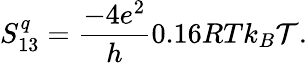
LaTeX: S_{13}^{q}=\frac{-4e^{2}}{h}0.16RTk_{B}\mathcal{T}.